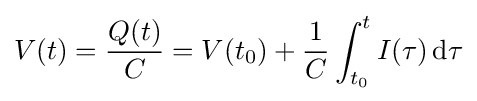
V(t)={\frac {Q(t)}{C}}=V(t_{0})+{\frac {1}{C}}\int _{t_{0}}^{t}I(\tau )\,\mathrm {d} \tau